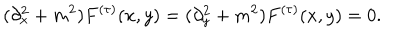
( \partial _ { x } ^ { 2 } + m ^ { 2 } ) F ^ { ( \tau ) } ( x , y ) = ( \partial _ { y } ^ { 2 } + m ^ { 2 } ) F ^ { ( \tau ) } ( x , y ) = 0 .